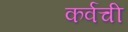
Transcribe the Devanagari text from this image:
कर्वची